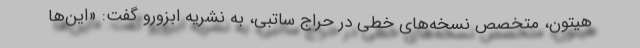
هیتون، متخصص نسخه‌های خطی در حراج ساتبی، به نشریه ابزورو گفت: «این‌ها